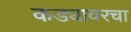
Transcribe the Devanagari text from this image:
कड्यावरचा